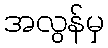
အလွန်မှ